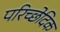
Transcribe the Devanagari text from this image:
परिच्छेदिक